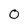
Character: 0